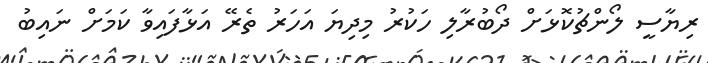
ރިޔާސީ ލޯންޗުކޮޅަށް ދޯބުރާލި ހަކުރު މިދިޔަ އަހަރު ތެރޭ އަޅާފައިވާ ކަމަށް ނައިބު